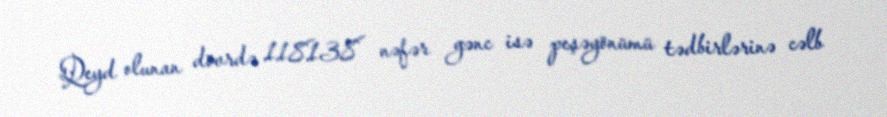
Qeyd olunan dövrdə 118138 nəfər gənc isə peşəyönümü tədbirlərinə cəlb